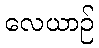
လေယာဉ်